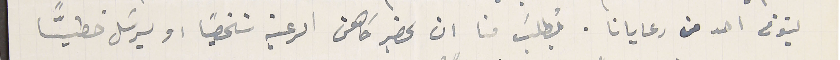
يتوفى احد منه رعايانا. يطلَب منا ان يحضر كاهن الرعية شخصيًا او يرسَل خطيًا